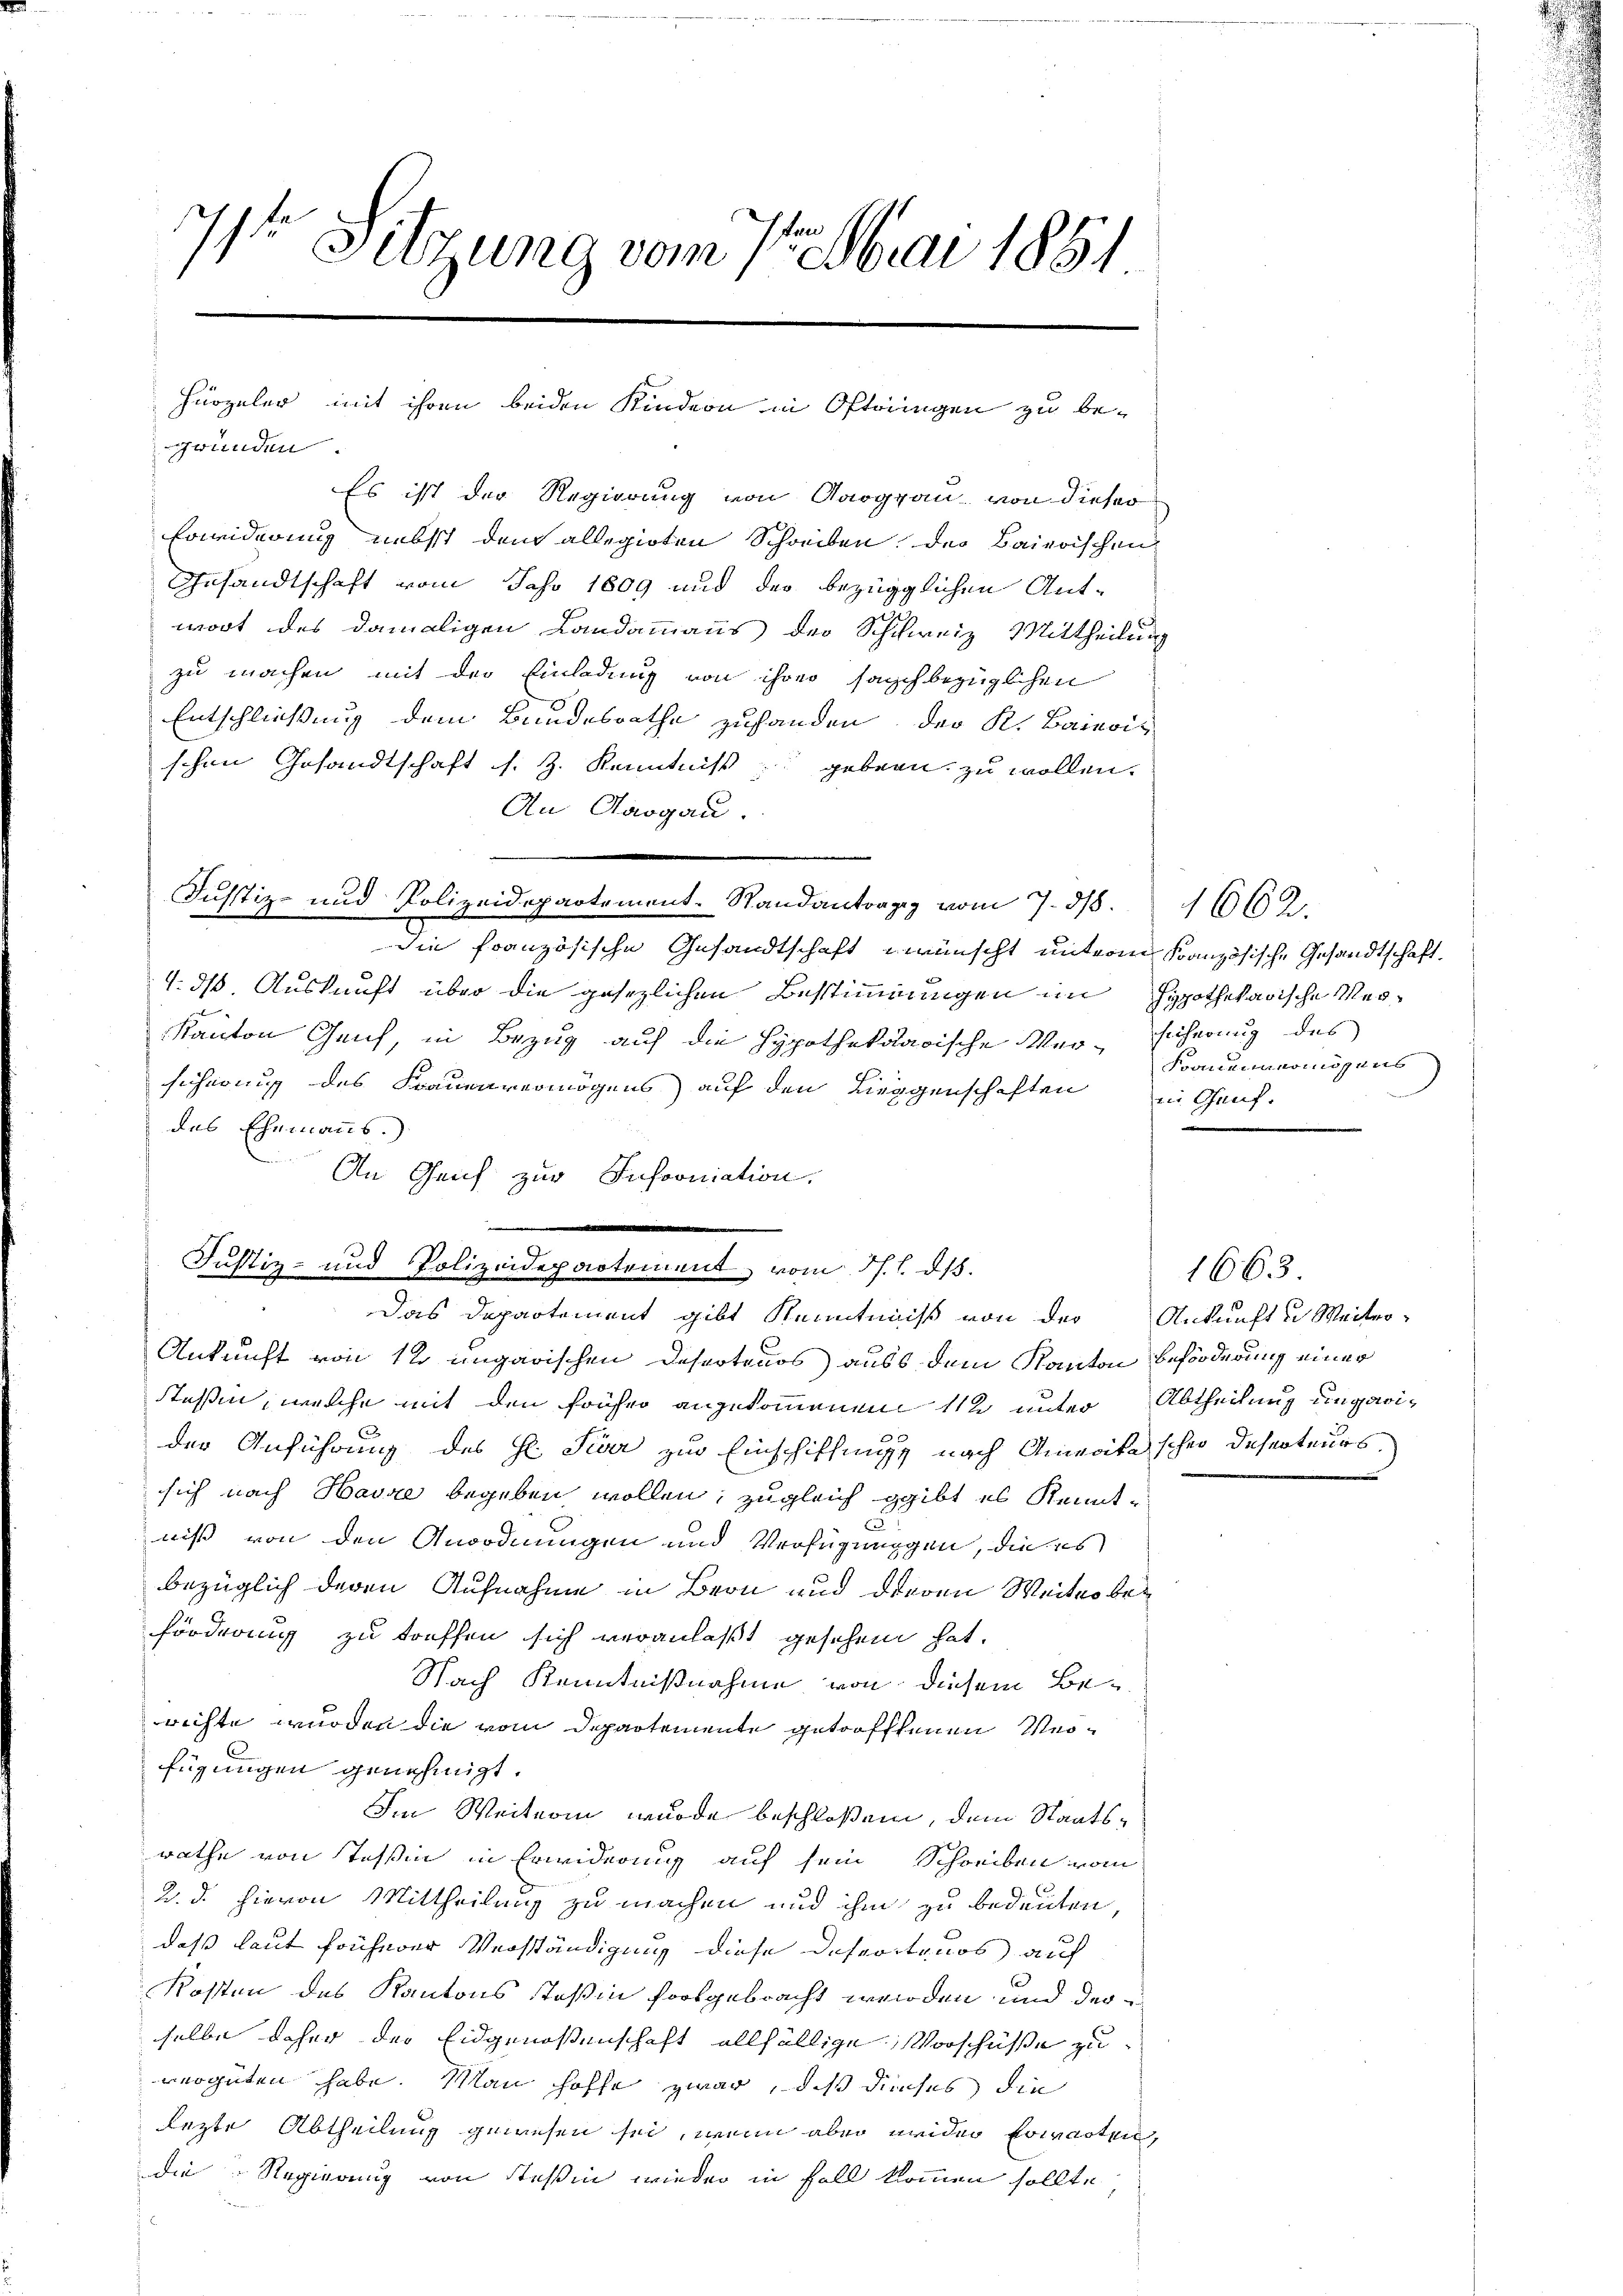
71te Sitzung vom 7te Mai 1881

gründen.
Es ist der Regierung von Aargau von dieser
Erwiderung nebst dem allegirten Schreiben des Baierischen
Gesandtschaft vom Jahr 1809 und der bezüglichen Ant-
wort des damaligen Landammanns der Schweiz Mittheilung
zu machen mit der Einladung von ihrer sachbezüglichen
Entschließung dem Bundesrathe zuhanden, der K. Baieris
schen Gesandtschaft s. Z. Kenntniß geben zu wollen.
An Aargau.
e
Justiz- und Polizeidepartement. Randantrag vom 7. 318. 1602.
Die französische Gesandtschaft wünscht unterm Kranzösische Gesandtschaft
4. ds. Auskunft über die gesezlichen Bestimmungen im Hypothekarische Ver¬
Kanton Gleich, in Bezug auf die Hypothekarische Ver- Eicherung des
sicherung des Frauenvermögens auf den Liegenschaften in Genf
des Ehemanns.)
An Genf zur Insooniation,
.

Hürzeler, mit ihren beiden Kindern in Oftringen zu be¬

Justiz- und Polizeidepartement, vom 3. l. 815.
das Departement gibt Kenntniß von der Ankunft u Weiter-

Ankunft von 12 ungarischen Deserteurs) aus dem Kanton Beförderung einer
stehen, welche mit den früher angekommenen 11 unter Abtheilung ungarider Anführung des H. Tier zur Einschiffungs nach Anweite schen Deserteurs
sich nach Havre begeben wollen, zugleich gibt es Kenntniß von den Anordnungen und Verfügungen, die es
bezüglich deren Aufnahme in Bern und diesen Weiter be¬
Forderung zu treffen sich veranlaßt gesehen hat.
Nach Kenntnißnahme von diesem Berichte wurden die vom Departemente getroffenen Verfügungen genehmigt.
Im Weiterin wurde beschloßen, dem Staatsrathe von Teßin in Erwiderung auf sein Schreiben vom
2. d. hievon Mittheilung zu machen und ihm zu bedeuten,
daß laut früherer Verständigung diese Deseritanos auf
Kosten des Kantons Stoßin fortgebracht werden und der
selbe daher der Eidgenoßenschaft allfällige Vorschüße zu
vergüten habe. Man hoffe zwar, daß dieses die
Rezte Abtheilung gewesen sei, wenn aber neider Erwarten,
die Regierung von Steßin wieder in Fall kommen sollte

Foanenvermögens

1663